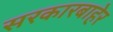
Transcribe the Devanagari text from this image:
सरकारबाहेर